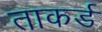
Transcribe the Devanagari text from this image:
ताकर्ड